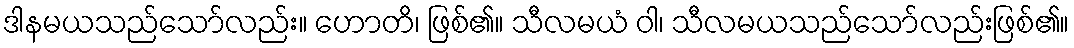
ဒါနမယသည်သော်လည်း။ ဟောတိ၊ ဖြစ်၏။ သီလမယံ ဝါ၊ သီလမယသည်သော်လည်းဖြစ်၏။